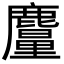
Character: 𪋠